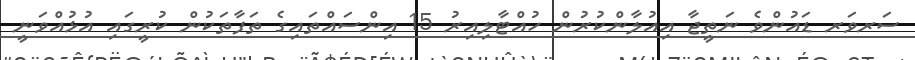
ސަރވަރ ޑައުންވެ ނަތީޖާ އިއުލާންކުރުން ހުއްޓާލިއިރު 15 އިންސައްތައިގެ ތަފާތަކުން ކުރީގައި އުޅުއްވަނީ